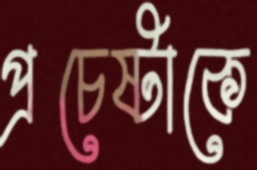
প্রচেষ্টাকে